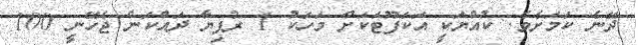
ދޭނެ ކަމަށެވެ. ކުއްޔަކީ އަކަފޫޓަކަށް މަހަކު 1 ރުފިޔާ ދައްކަން ޖެހޭނީ 100